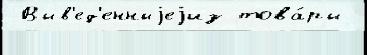
 Выв'ед'енныjеjиз това́ры